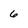
Character: 6